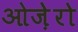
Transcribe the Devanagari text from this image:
ओज़ेरो